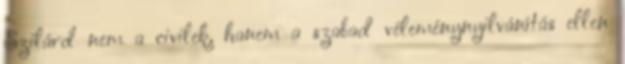
Szilárd nem a civilek, hanem a szabad véleménynyilvánítás ellen